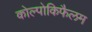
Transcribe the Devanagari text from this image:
कोल्पोकिफैलम